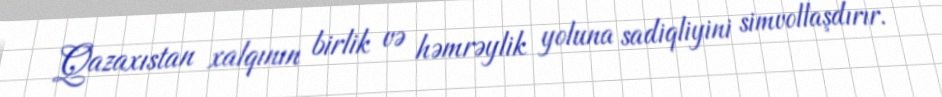
Qazaxıstan xalqının birlik və həmrəylik yoluna sadiqliyini simvollaşdırır.